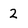
Character: 2